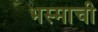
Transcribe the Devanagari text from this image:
भस्माची